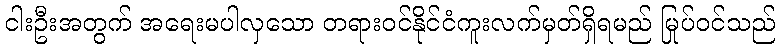
ငါးဦးအတွက် အရေးမပါလှသော တရားဝင်နိုင်ငံကူးလက်မှတ်ရှိရမည် မြုပ်ဝင်သည်